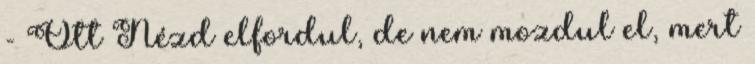
- Ott Nézd elfordul, de nem mozdul el, mert